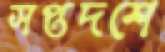
সপ্তদশে